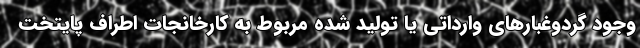
وجود گردوغبارهای وارداتی یا تولید شده مربوط به کارخانجات اطراف پایتخت